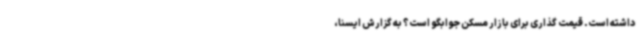
داشته است. قیمت گذاری برای بازار مسکن جوابگو است؟ به گزارش ایسنا،